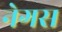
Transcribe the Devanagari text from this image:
नेगस